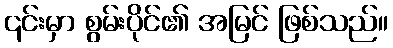
၎င်းမှာ စွမ်းပိုင်၏ အမြင် ဖြစ်သည်။